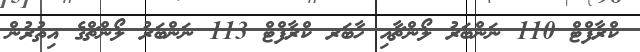
ކްރާފްޓް 110 ނަންބަރު ލޯންޗާއި ހާބަރ ކްރާފްޓް 113 ނަންބަރު ލޯންޗްގެ އިތުރުން